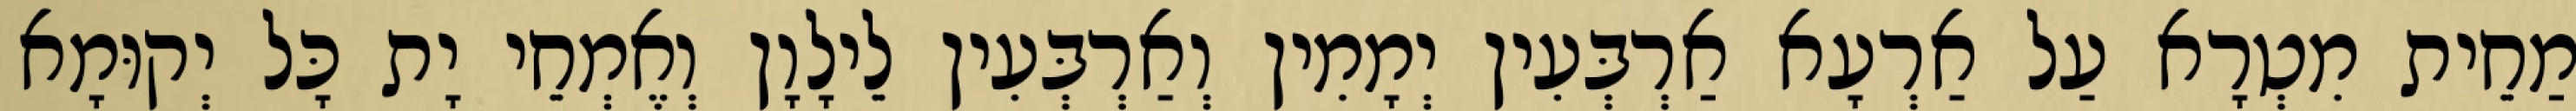
מַחֵית מִטְרָא עַל אַרְעָא אַרְבְּעִין יְמָמִין וְאַרְבְּעִין לֵילָוָן וְאֶמְחֵי יָת כָּל יְקוּמָא